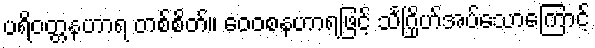
ပရိဝတ္တနဟာရ တစ်စိတ်။ ဝေဝစနဟာရဖြင့် သင်္ဂြိုဟ်အပ်သောကြောင့်